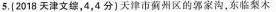
5.(2018天津文综，4，4分)天津市蓟州区的郭家沟，东临梨木